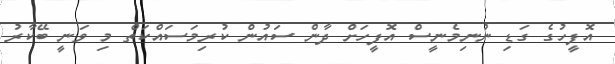
އޮފީހުގެ ގަޑި ނުނިމެނީސް އޮފީހަށް ދާން ސައުން ކުރިމަސައްކަތް މި ވަނީ ބޭކާރު